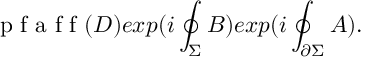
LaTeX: \textup { p f a f f } ( D ) e x p ( i \oint _ { \Sigma } B ) e x p ( i \oint _ { \partial \Sigma } A ) .